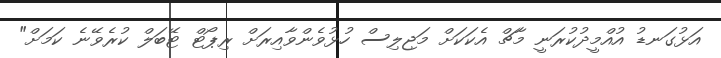
އަޅުގަނޑު އުއްމީދުކުރަނީ މާޗް އެކަކަށް މަޖިލިސް ހުޅުވެންވާއިރަށް ރިޕޯޓް ޓޭބަލް ކުރެވޭނެ ކަމަށް"